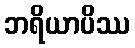
ဘရိယာပိဿ